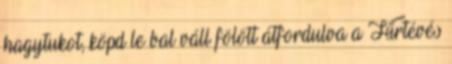
hagytukot, köpd le bal váll fölött átfordulva a Hírtévés